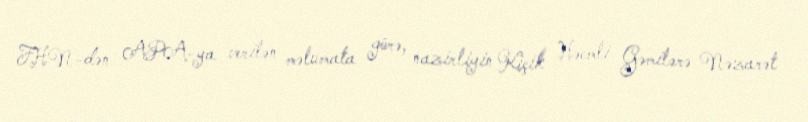
FHN-dən APA-ya verilən məlumata görə, nazirliyin Kiçik Həcmli Gəmilərə Nəzarət